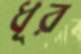
ধূর